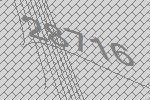
28716